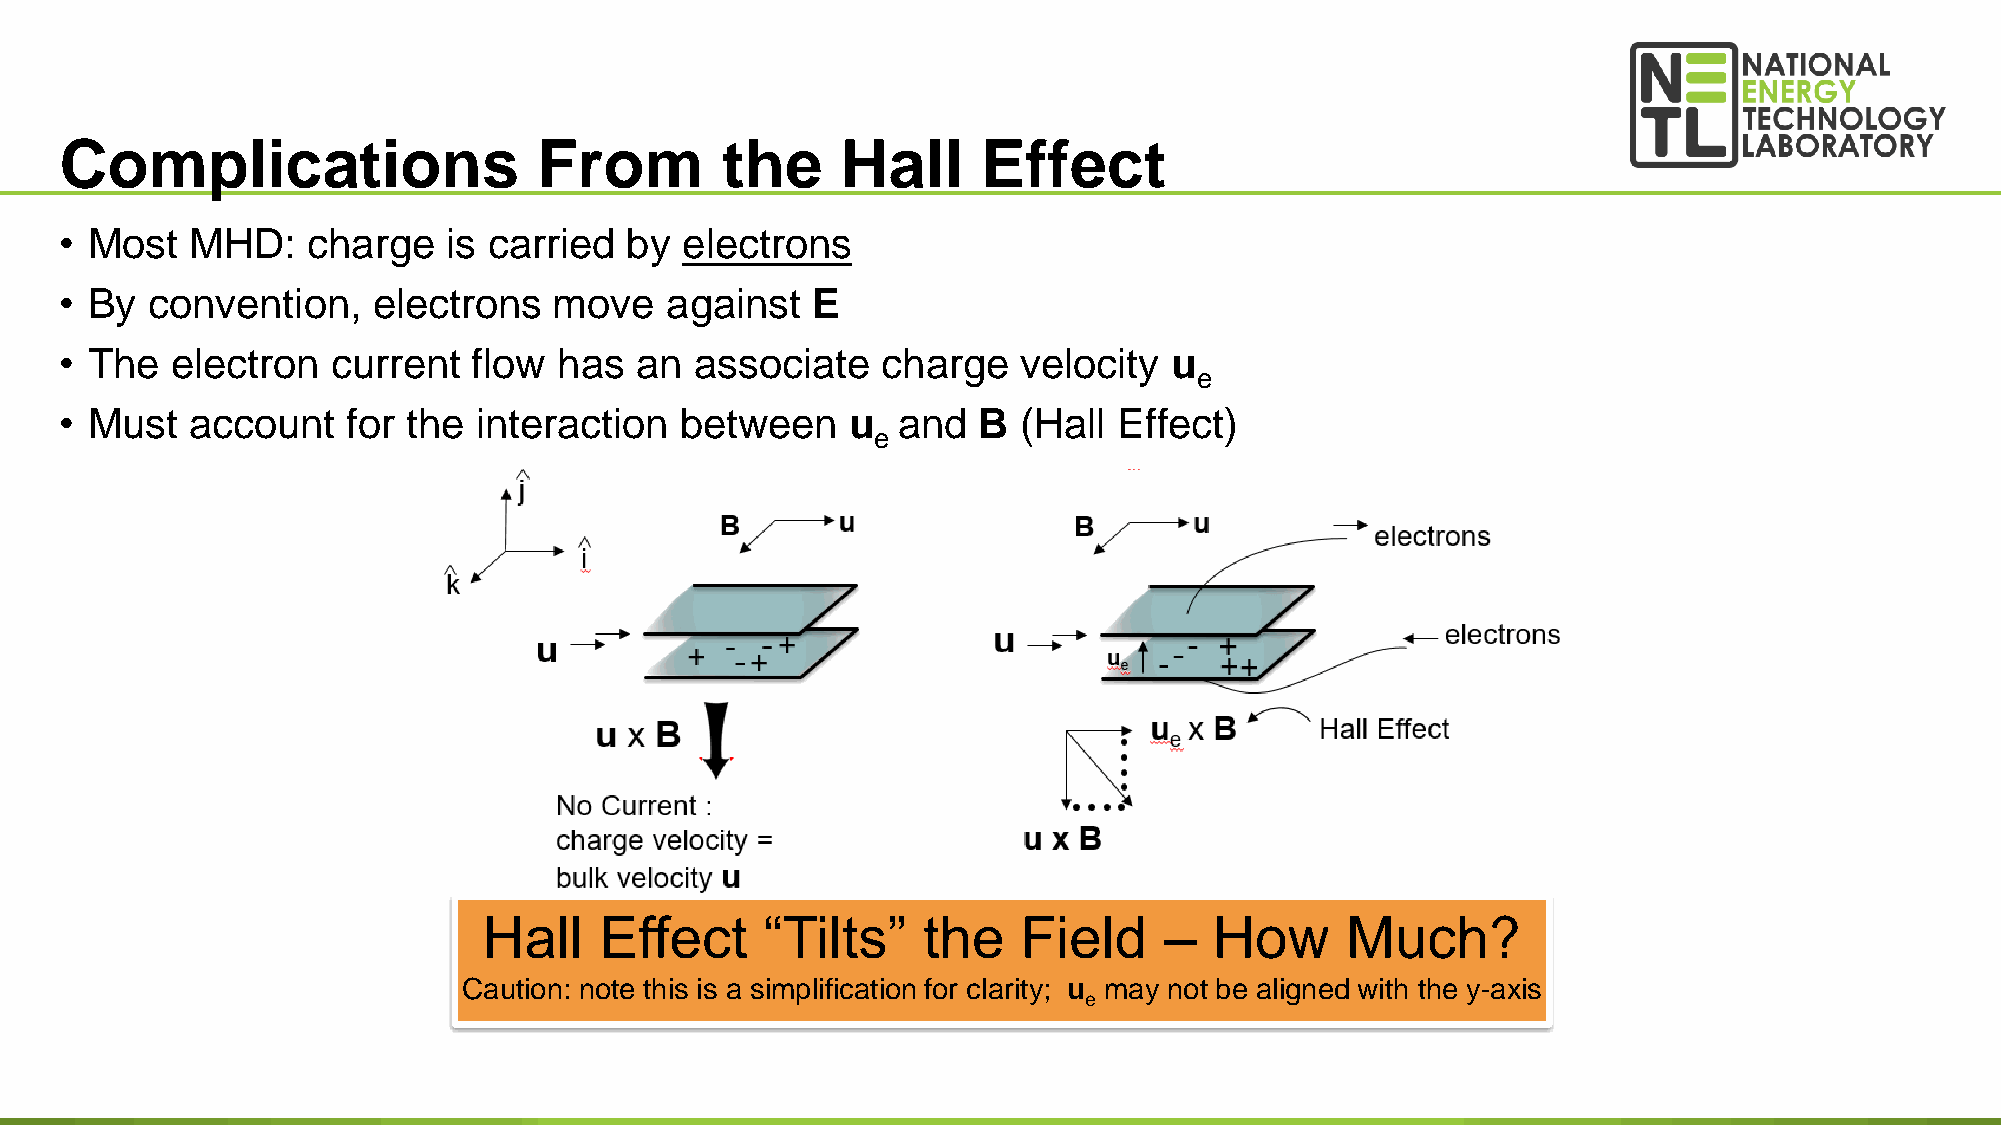
Complications                   From        the     Hall     Effect
 • Most   MHD:   charge    is carried by  electrons
 • By  convention,    electrons   move   against   E
 • The  electron   current  flow  has  an  associate   charge    velocity u
 e
 • Must   account   for the interaction   between    u  and   B  (Hall Effect)
 e
 Hall    Effect     “Tilts”   the    Field    –  How      Much?
 Caution: note this is a simplification for clarity; u may not be aligned with the y-axis
 e
 18